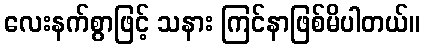
လေးနက်စွာဖြင့် သနား ကြင်နာဖြစ်မိပါတယ်။